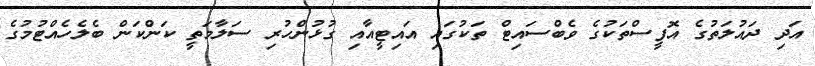
އަދި ދައުލަތުގެ އޮފީސްތަކުގެ ވެބްސައިޓް ތަކުގައި އައިޓީއާއި ގުޅުންހުރި ސަލާމަތީ ކަންކަން ބެލެހެއްޓުމުގެ